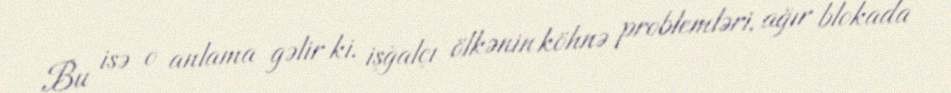
Bu isə o anlama gəlir ki, işğalçı ölkənin köhnə problemləri, ağır blokada